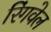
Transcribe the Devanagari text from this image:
रिंगवेल